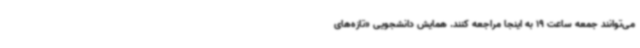
می‌توانند جمعه ساعت 19 به اینجا مراجعه کنند. همایش دانشجویی «تازه‌های